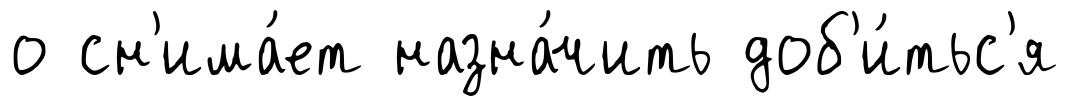
о сн'има́ет назна́чить доб'и́тьс'я